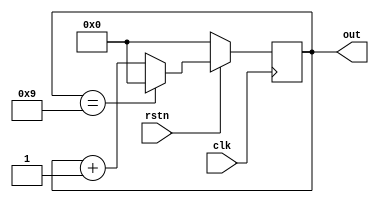
module modN_ctr  
  # (parameter N = 10,  
     parameter WIDTH = 4)  
  
  ( input   clk,  
    input   rstn,  
    output  reg[WIDTH-1:0] out);  
  
  always @ (negedge clk) begin  
    if (!rstn) begin  
      out <= 0;  
    end else begin  
      if (out == N-1)  
        out <= 0;  
      else  
        out <= out + 1;  
    end  
  end  
endmodule